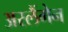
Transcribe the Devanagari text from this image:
अरलैंगेन